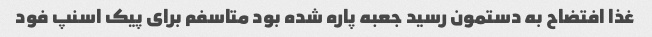
غذا افتضاح به دستمون رسید جعبه پاره شده بود متاسفم برای پیک اسنپ فود